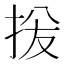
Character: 𫼦